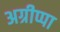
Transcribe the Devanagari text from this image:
अग्रीप्पा